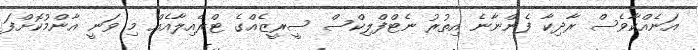
އަނެއްކާވެސް ރާދިކާ ފެންނާނެ އިތުރު ނެޓްފްލިކްސް ސީރީޒެއްގެ ޓްރެއިލާއެއް މި ވަނީ އާންމުކޮށްފަ